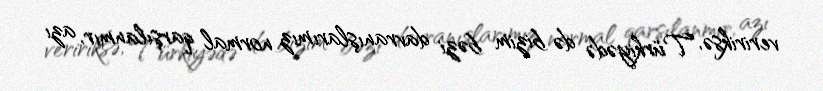
veririksə, Türkiyədə də bizim bəzi davranışlarımız normal qarşılanmır, azı